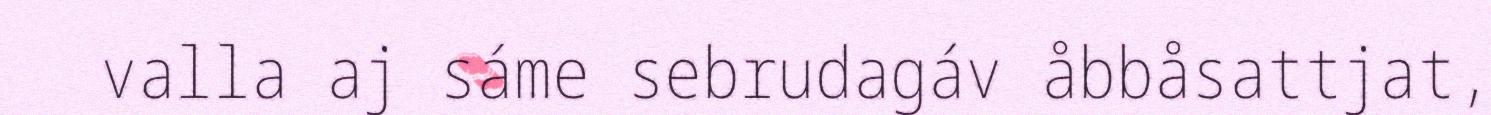
valla aj sáme sebrudagáv åbbåsattjat,